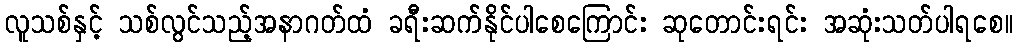
လူသစ်နှင့် သစ်လွင်သည့်အနာဂတ်ထံ ခရီးဆက်နိုင်ပါစေကြောင်း ဆုတောင်းရင်း အဆုံးသတ်ပါရစေ။